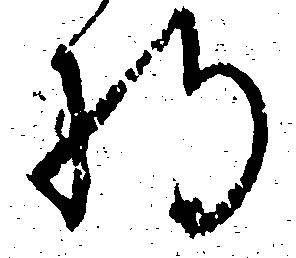
将